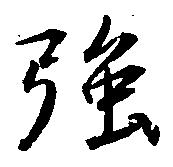
強